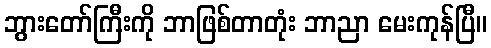
ဘွားတော်ကြီးကို ဘာဖြစ်တာတုံး ဘာညာ မေးကုန်ပြီ။